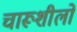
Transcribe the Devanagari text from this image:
चारूशीलो